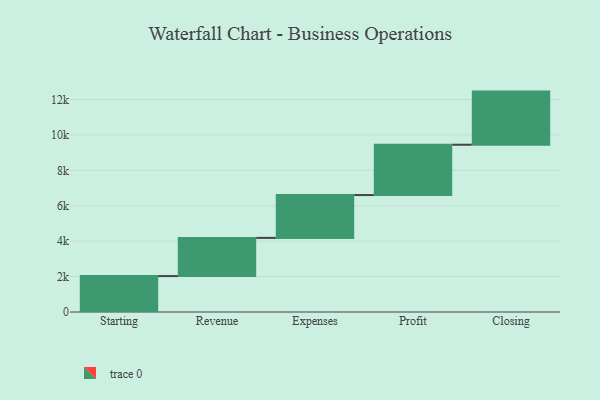
{"axis": {"x": "Step", "y": "Value"}, "legend": [""], "data": [{"x": "Starting", "y": 2029.0, "type": ""}, {"x": "Revenue", "y": 2156.0, "type": ""}, {"x": "Expenses", "y": 2420.0, "type": ""}, {"x": "Profit", "y": 2843.0, "type": ""}, {"x": "Closing", "y": 3000, "type": ""}]}